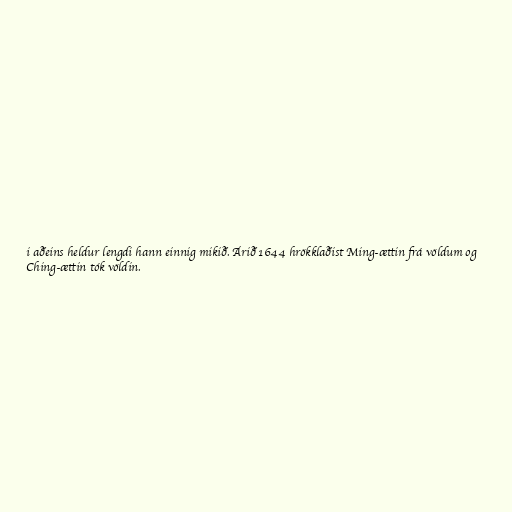
i aðeins heldur lengdi hann einnig mikið. Árið 1644 hrökklaðist Ming-ættin frá völdum og
Ching-ættin tók völdin.